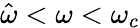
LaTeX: \hat{\omega}<\omega<\omega_{c}